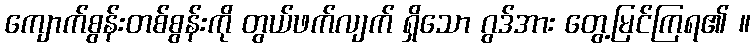
ကျောက်စွန်းတစ်စွန်းကို တွယ်ဖက်လျက် ရှိသော ဂွဒ်အား တွေ့မြင်ကြရ၏ ။